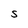
Character: S